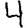
Digit: 4